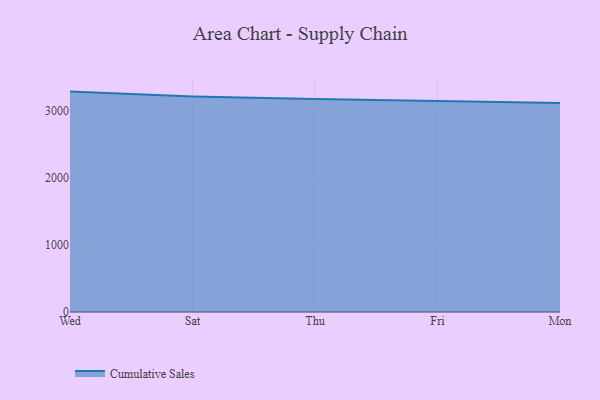
{"axis": {"x": "Day", "y": "Humidity (%)"}, "legend": ["Cumulative Sales"], "data": [{"x": "Wed", "y": 3282.3, "type": "Cumulative Sales"}, {"x": "Sat", "y": 3207.7, "type": "Cumulative Sales"}, {"x": "Thu", "y": 3170.8, "type": "Cumulative Sales"}, {"x": "Fri", "y": 3137.3, "type": "Cumulative Sales"}, {"x": "Mon", "y": 3113.1, "type": "Cumulative Sales"}]}